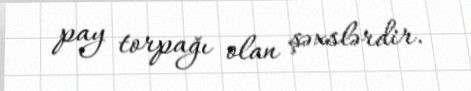
pay torpağı olan şəxslərdir.